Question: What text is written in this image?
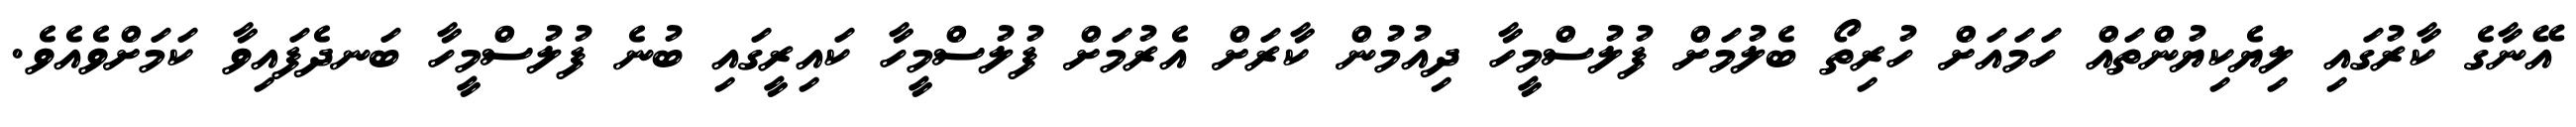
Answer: އޭނާގެ ކާރުގައި ލިޔެކިޔުންތައް ހަމައަށް ހުރިތޯ ބެލުމަށް ފުލުސްމީހާ ދިއުމުން ކާރަށް އެރުމަށް ފުލުސްމީހާ ކައިރީގައި ބުނެ ފުލުސްމީހާ ބަނދެފައިވާ ކަމަށްވެއެވެ.